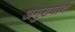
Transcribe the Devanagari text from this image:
अमुख्यार्थ